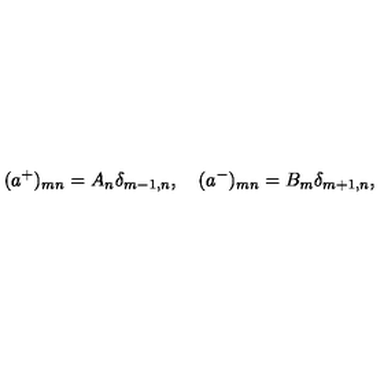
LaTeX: ( a ^ { + } ) _ { m n } = A _ { n } \delta _ { m - 1 , n } , \quad ( a ^ { - } ) _ { m n } = B _ { m } \delta _ { m + 1 , n } ,